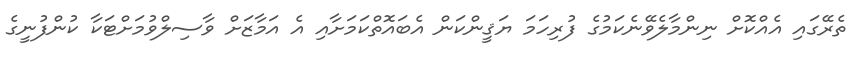
ތެރޭގައި އެއްކޮށް ނިންމާލެވޭނެކަމުގެ ފުރިހަމަ ޔަޤީންކަން އެބައޮތްކަމަށާއި އެ އަމާޒަށް ވާސިލްވުމަށްޓަކާ ކުންފުނީގެ